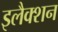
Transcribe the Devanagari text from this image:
इलैक्शन